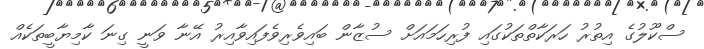
ސްކޫލުގެ އިތުރު ހަރަކާތްތަކުގައި ފުރިހަމައަށް ސުޒާން ބައިވެރިވެފައިވާއިރު އޭނާ ވަނީ ގިނަ ކާމިޔާބީތަކެއް